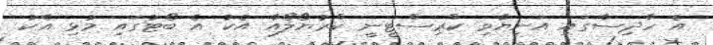
އެ ހާދިސާގައި އަނިޔާވި ކްރިސްޓީނީ ކްރުޔޯލޯއާ އެކު އެ ބޯޓުގައި މުޅި އެކު